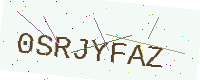
Text: 0SRJYFAZ